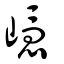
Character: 嶾